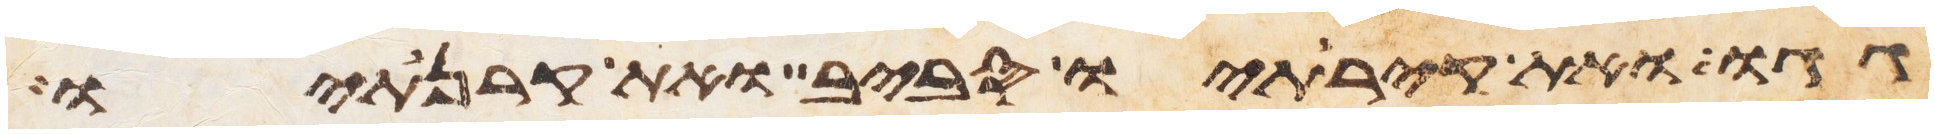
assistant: גגו ואת קירתיו סביב ואת קרנתיו